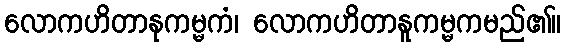
လောကဟိတာနုကမ္မကံ၊ လောကဟိတာနူကမ္မကမည်၏။